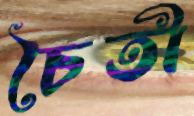
চৈতী